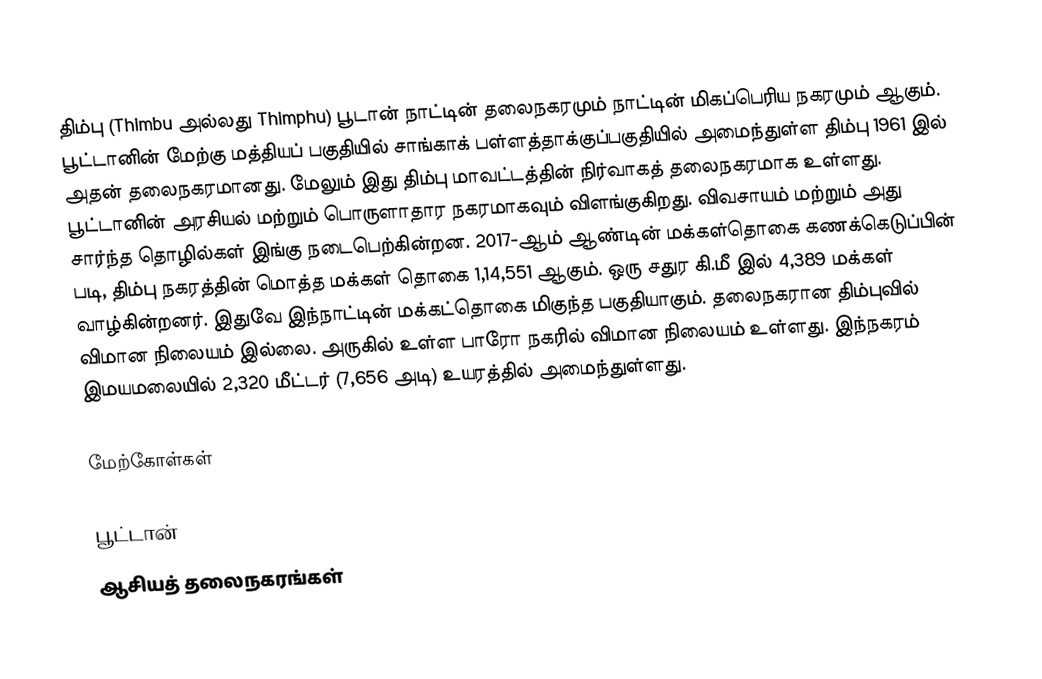
திம்பு (Thimbu அல்லது Thimphu) பூடான் நாட்டின் தலைநகரமும் நாட்டின் மிகப்பெரிய நகரமும் ஆகும். பூட்டானின் மேற்கு மத்தியப் பகுதியில் சாங்காக் பள்ளத்தாக்குப்பகுதியில் அமைந்துள்ள திம்பு 1961 இல் அதன் தலைநகரமானது. மேலும் இது திம்பு மாவட்டத்தின் நிர்வாகத் தலைநகரமாக உள்ளது. பூட்டானின் அரசியல் மற்றும் பொருளாதார நகரமாகவும் விளங்குகிறது. விவசாயம் மற்றும் அது சார்ந்த தொழில்கள் இங்கு நடைபெற்கின்றன. 2017-ஆம் ஆண்டின் மக்கள்தொகை கணக்கெடுப்பின் படி, திம்பு நகரத்தின் மொத்த மக்கள் தொகை 1,14,551 ஆகும். ஒரு சதுர கி.மீ இல் 4,389 மக்கள் வாழ்கின்றனர். இதுவே இந்நாட்டின் மக்கட்தொகை மிகுந்த பகுதியாகும். தலைநகரான திம்புவில் விமான நிலையம் இல்லை. அருகில் உள்ள பாரோ நகரில் விமான நிலையம் உள்ளது.  இந்நகரம் இமயமலையில் 2,320 மீட்டர் (7,656 அடி) உயரத்தில் அமைந்துள்ளது.

மேற்கோள்கள்

பூட்டான்
ஆசியத் தலைநகரங்கள்